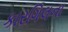
કારગિલના